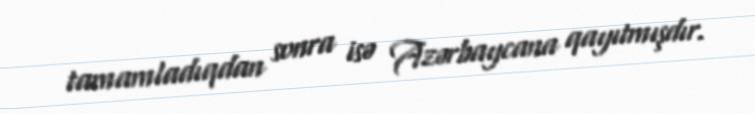
tamamladıqdan sonra isə Azərbaycana qayıtmışdır.